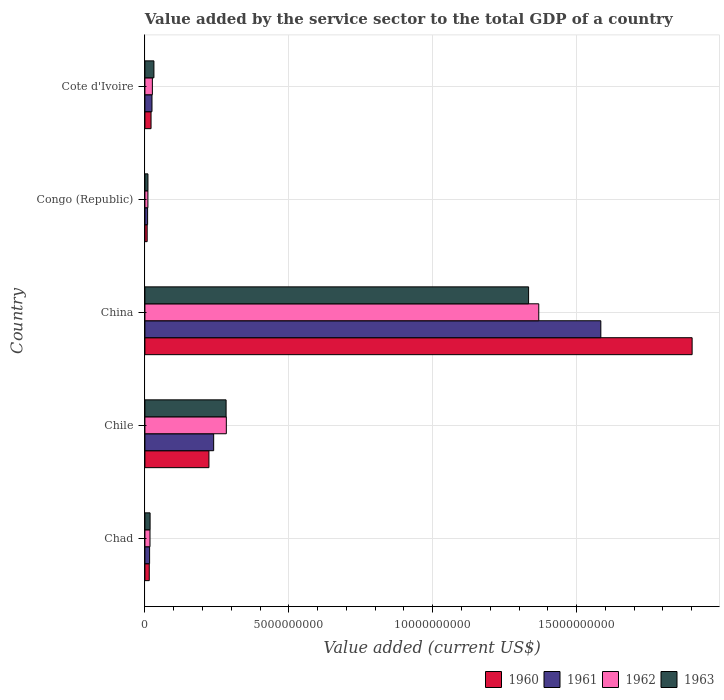
| Country | 1960 | 1961 | 1962 | 1963 |
 | --- | --- | --- | --- | --- |
 | Chad | 1.51e+08 | 1.62e+08 | 1.76e+08 | 1.8e+08 |
 | Chile | 2.22e+09 | 2.39e+09 | 2.83e+09 | 2.82e+09 |
 | China | 1.9e+10 | 1.58e+10 | 1.37e+10 | 1.33e+10 |
 | Congo (Republic) | 7.82e+07 | 9.33e+07 | 1.04e+08 | 1.06e+08 |
 | Cote d'Ivoire | 2.13e+08 | 2.46e+08 | 2.59e+08 | 3.13e+08 |